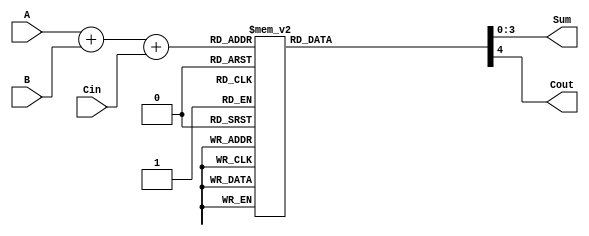
module BCD_LUT_Adder (
    input  wire [3:0] A,      // First BCD digit
    input  wire [3:0] B,      // Second BCD digit
    input  wire       Cin,     // Carry-in
    output reg  [3:0] Sum,     // BCD result
    output reg       Cout      // Carry-out
);

    // Internal signal for binary sum
    wire [4:0] S; // 5-bit sum to accommodate carry-out
    assign S = A + B + Cin;

    // LUT for correction
    always @(*) begin
        // Default output
        Sum = 4'b0000; // Default to 0
        Cout = 1'b0;   // Default carry out

        // Correction for BCD
        case(S)
            5'd0:   {Cout, Sum} = {1'b0, 4'b0000};
            5'd1:   {Cout, Sum} = {1'b0, 4'b0001};
            5'd2:   {Cout, Sum} = {1'b0, 4'b0010};
            5'd3:   {Cout, Sum} = {1'b0, 4'b0011};
            5'd4:   {Cout, Sum} = {1'b0, 4'b0100};
            5'd5:   {Cout, Sum} = {1'b0, 4'b0101};
            5'd6:   {Cout, Sum} = {1'b0, 4'b0110};
            5'd7:   {Cout, Sum} = {1'b0, 4'b0111};
            5'd8:   {Cout, Sum} = {1'b0, 4'b1000};
            5'd9:   {Cout, Sum} = {1'b0, 4'b1001};
            5'd10:  {Cout, Sum} = {1'b1, 4'b0000}; // 10 -> 0, carry out
            5'd11:  {Cout, Sum} = {1'b1, 4'b0001}; // 11 -> 1, carry out
            5'd12:  {Cout, Sum} = {1'b1, 4'b0010}; // 12 -> 2, carry out
            5'd13:  {Cout, Sum} = {1'b1, 4'b0011}; // 13 -> 3, carry out
            5'd14:  {Cout, Sum} = {1'b1, 4'b0100}; // 14 -> 4, carry out
            5'd15:  {Cout, Sum} = {1'b1, 4'b0101}; // 15 -> 5, carry out
            5'd16:  {Cout, Sum} = {1'b1, 4'b0110}; // 16 -> 6, carry out
            5'd17:  {Cout, Sum} = {1'b1, 4'b0111}; // 17 -> 7, carry out
            5'd18:  {Cout, Sum} = {1'b1, 4'b1000}; // 18 -> 8, carry out
            5'd19:  {Cout, Sum} = {1'b1, 4'b1001}; // 19 -> 9, carry out
            default: {Cout, Sum} = {1'b1, 4'b0000}; // Default case
        endcase
    end

endmodule